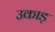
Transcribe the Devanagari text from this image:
उकाड़